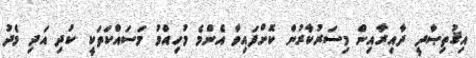
އިޤުތިޞާދީ ދާއިރާއިން މިސަރުކާރުން ކޮށްފައިވާ އެންމެ މުހިއްމު މަސައްކަތަކީ ކުދި އަދި މެދު